Vaccine operations Central Provinces 1868-1885 - 1868-1885
Year: 1868
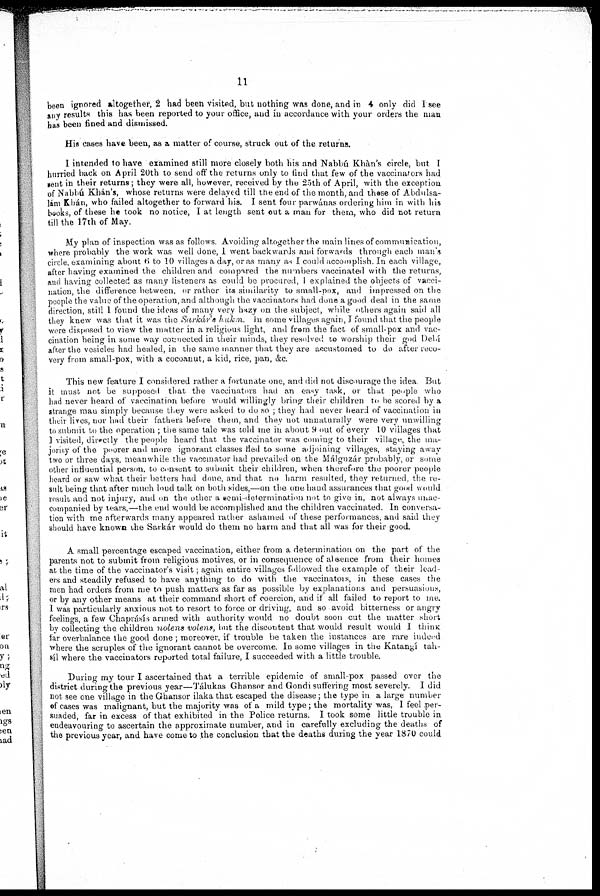
11
been ignored altogether, 2 had been Visited, but nothing was done, and in 4 only did I see
any results this has been reported to your office, and in accordance with your orders the man
has been fined and dismissed.
His cases have been, as a matter of course, struck out of the returns.
I intended to have examined still more closely both his and Nabbú Khàn's circle, but I
hurried back on April 20th to send off the returns only to find that few of the vaccinators had
sent in their returns; they were all, however, received by the 25th of April, with the exception
of Nabbú Khan's, whose returns were delayed till the end of the month, and those of Abdulsa-
lám Khán, who failed altogether to forward his. I sent four parwánas ordering him in with his
books, of these he took no notice, I at length sent out a man for them, who did not return
till the 17th of May.
My plan of inspection was as follows Avoiding altogether the main lines of communication,
where probably the work was well done, 1 went backwards and forwards through each man's
circle, examining about 6 to 10 villages a day, or as many as I could accomplish In each village,
after having examined the children and compared the numbers vaccinated with the returns,
and having collected as many listeners as could be procured, I explained the objects of vacci-
nation, the diffeience between, or rather its similarity to small-pox, and impressed on the
people the value of the operation, and although the vaccinators had done a good deal in the same
direction, still 1 found the ideas of many very hazy on the subject, while others again said all
they knew was that it was the Sarkâr's huk n. In some villages again, I found that the people
were disposed to view the matter in a religious light, and from the fact of small-pox and vac-
cination being in some way connected in their minds, they resolved to worship their god Delí
after the vesicles had healed, in the same manner that they are accustomed to do after leco-
veiy from small-pox, with a cocoanut, a kid, rice, pan, &c.
This new feature I considered rather a fortunate one, and did not discourage the idea But
it must not be supposed that the vaccinators had an easy task, or that people who
had never heard of vaccination befoie would willingly bring their children to be scored by a
strange man simply because they were asked to do so , they had never heard of vaccnation in
then lives, not had their fathers before them, and they not unnatulally were very unwilling
to submit to the operation ; the same tale was told me in about 9 out of every 10 villages that
I visited, directly the people heard that the vaccinator was coming to their village, the ma-
joiu.y of the poorer and more lgnorant classes tied to some adjoining villages, staying away
two or three days, meanwhile the vaccmator had prevailed on the Málguzár probably, or some
other influential person, to consent to submit their children, when therefore the poorer people
heard or saw what their betters had done, and that no harm resulted, they returned, the re-
sult being that after much loud talk on both sides,—on the one hand assurances that good would
result and not injury, and on the other a emi determination not to give in, not always unac-
companied by tears,—the end would be accomplished and the children vaccinated. In conversa-
tion with me afterwards many appeared rather ashamed of these performances, and said they
should have known the Saikár would do them no harm and that all was for their good.
A small percentage escaped vaccination, either from a determination on the part of the
parents not to submit from religious motives, or in consequence of absence from their homes
at the time of the vaccinator's visit; again entire villages followed the example of their lead-
ers and steadily refused to have anything to do with the vaccinators, in these cases the
men had orders from me to push matters as far as possible by explanations and persuasions,
or by any other means at their command short of coercion, and if all failed to report to me.
I was particularly anxious not to resort to force or driving, and so avoid bitterness or angry
feelings, a few Chapiásís armed with authority would no doubt soon cut the matter short
by collecting the children nolens volens, but the discoutent that would result would I think
far overbalance the good done ; moreover, if trouble be taken the ínstances are rare indeed
where the scruples of the ignorant cannot be overcome In some villages in the Katangí tah-
síl where the vaccinators reported total failure, I succeeded with a little trouble.
During my tour I ascertained that a terrible epidemic of small-pox passed over the
district during the previous year—Tálukas Ghansor and Gondi suffering most severely. I did
not see one village in the Ghansor ilaka that escaped the disease; the type in a large number
of cases was malignant, but the majority was of a mild type; the mortality was, I feel per-
suaded, far in excess of that exhibited in the Police returns. I took some little trouble in
endeavouring to ascertain the approximate number, and in carefully excluding the deaths of
the previous year, and have come to the conclusion that the deaths during the year 1870 could